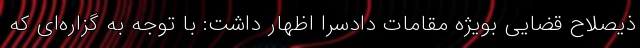
ذیصلاح قضایی بویژه مقامات دادسرا اظهار داشت: با توجه به گزاره‌ای که